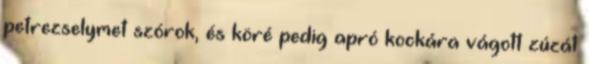
petrezselymet szórok, és köré pedig apró kockára vágott zúzát